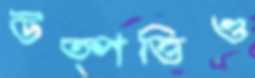
উত্পত্তিও